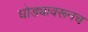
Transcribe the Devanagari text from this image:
घोड्यावरूनच